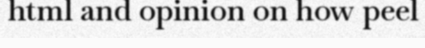
html and opinion on how peel